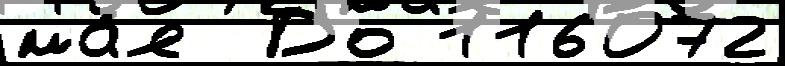
ма́я  До 116072